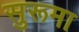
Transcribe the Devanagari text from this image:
सुरूमा